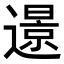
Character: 𨗈